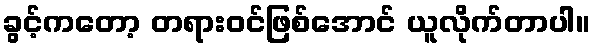
ခွင့်ကတော့ တရားဝင်ဖြစ်အောင် ယူလိုက်တာပါ။